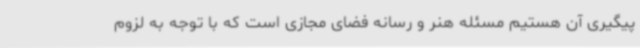
پیگیری آن هستیم مسئله هنر و رسانه فضای مجازی است که با توجه به لزوم